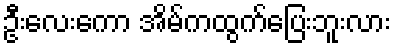
ဦးလေးကော အိမ်ကထွက်ပြေးဘူးလား